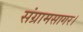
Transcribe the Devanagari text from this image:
संग्रामसागर।